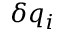
\delta q _ { i }